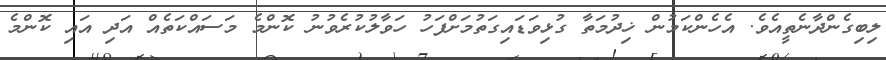
ލިބިގެންދާނެތީއެވެ. އެހެންކަމުން ޚިދުމަތާ ގުޅިވަޑައިގަތުމަށްފަހު ހަވާލުކުރެވުނު ކޮންމެ މަސައްކަތެއް އަދި އައި ކޮންމެ